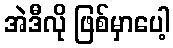
အဲဒီလို ဖြစ်မှာပေါ့